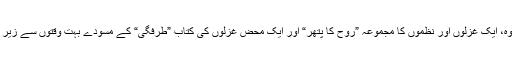
اس کے علاوہ، ایک غزلوں اور نظموں کا مجموعہ ”روح کا پتھر“ اور ایک محض غزلوں کی کتاب ”طرفگی“ کے مسودے بہت وقتوں سے زیرِ طباعت ہیں۔